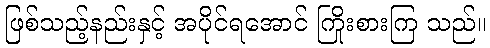
ဖြစ်သည့်နည်းနှင့် အပိုင်ရအောင် ကြိုးစားကြ သည်။